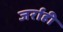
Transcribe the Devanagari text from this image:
जर्राही